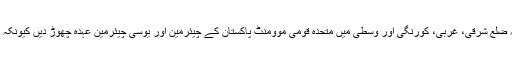
مصطفیٰ کمال نے کہا تھا کہ ضلع شرقی، غربی، کورنگی اور وسطی میں متحدہ قومی موومنٹ پاکستان کے چیئرمین اور یوسی چیئرمین عہدہ چھوڑ دیں کیونکہ اب میں چارج لینے آرہا ہوں۔